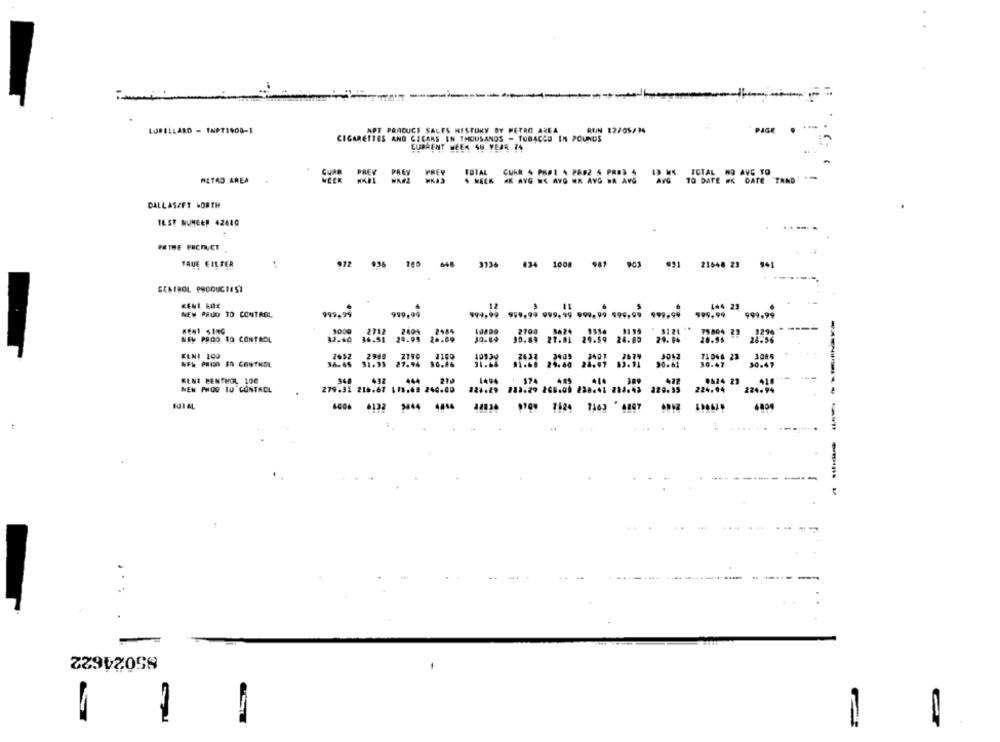
LORILLARD - TAPT1908-1
APT PRADUCE SALES HISTORY BY METRO AREA
RUIN 12/05/34
PAGE
CIGARETTES AND CICARS IN THOUSANDS - TOBACCO IN POUNDS
CURRENT HEER 48 VEAR 74
TOTAL CURR & POP1 4 2892 5 PROS 4 13 MS TOTAL NO AVG TO
METRO AREA
$ WEEK AK AVG NE AVG WK AVG HK ANG
AVG TO DATE WS DATE TAND
DALLAS/FT WORTH
IEST NUMEER 42680
TRUE EILTER
972
648
034
1000
987
903
21648 23
CENTROL PRODUCTEST
KENT HOE
NEW PRUD TO CONTROL
999.24
999,00
$99.60 $10,99 999,99 900,00 590,00 $00,00 $99,99
BENT SING
NEW PODO TO CONTROL
10.00
KENI 100
NFL PROO IN CONTROL
SENI BENTHOL 100
NEN PHOO TU CONTACL
224."
HUJIAL
- - --
-------- -
85024622